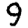
Digit: 9